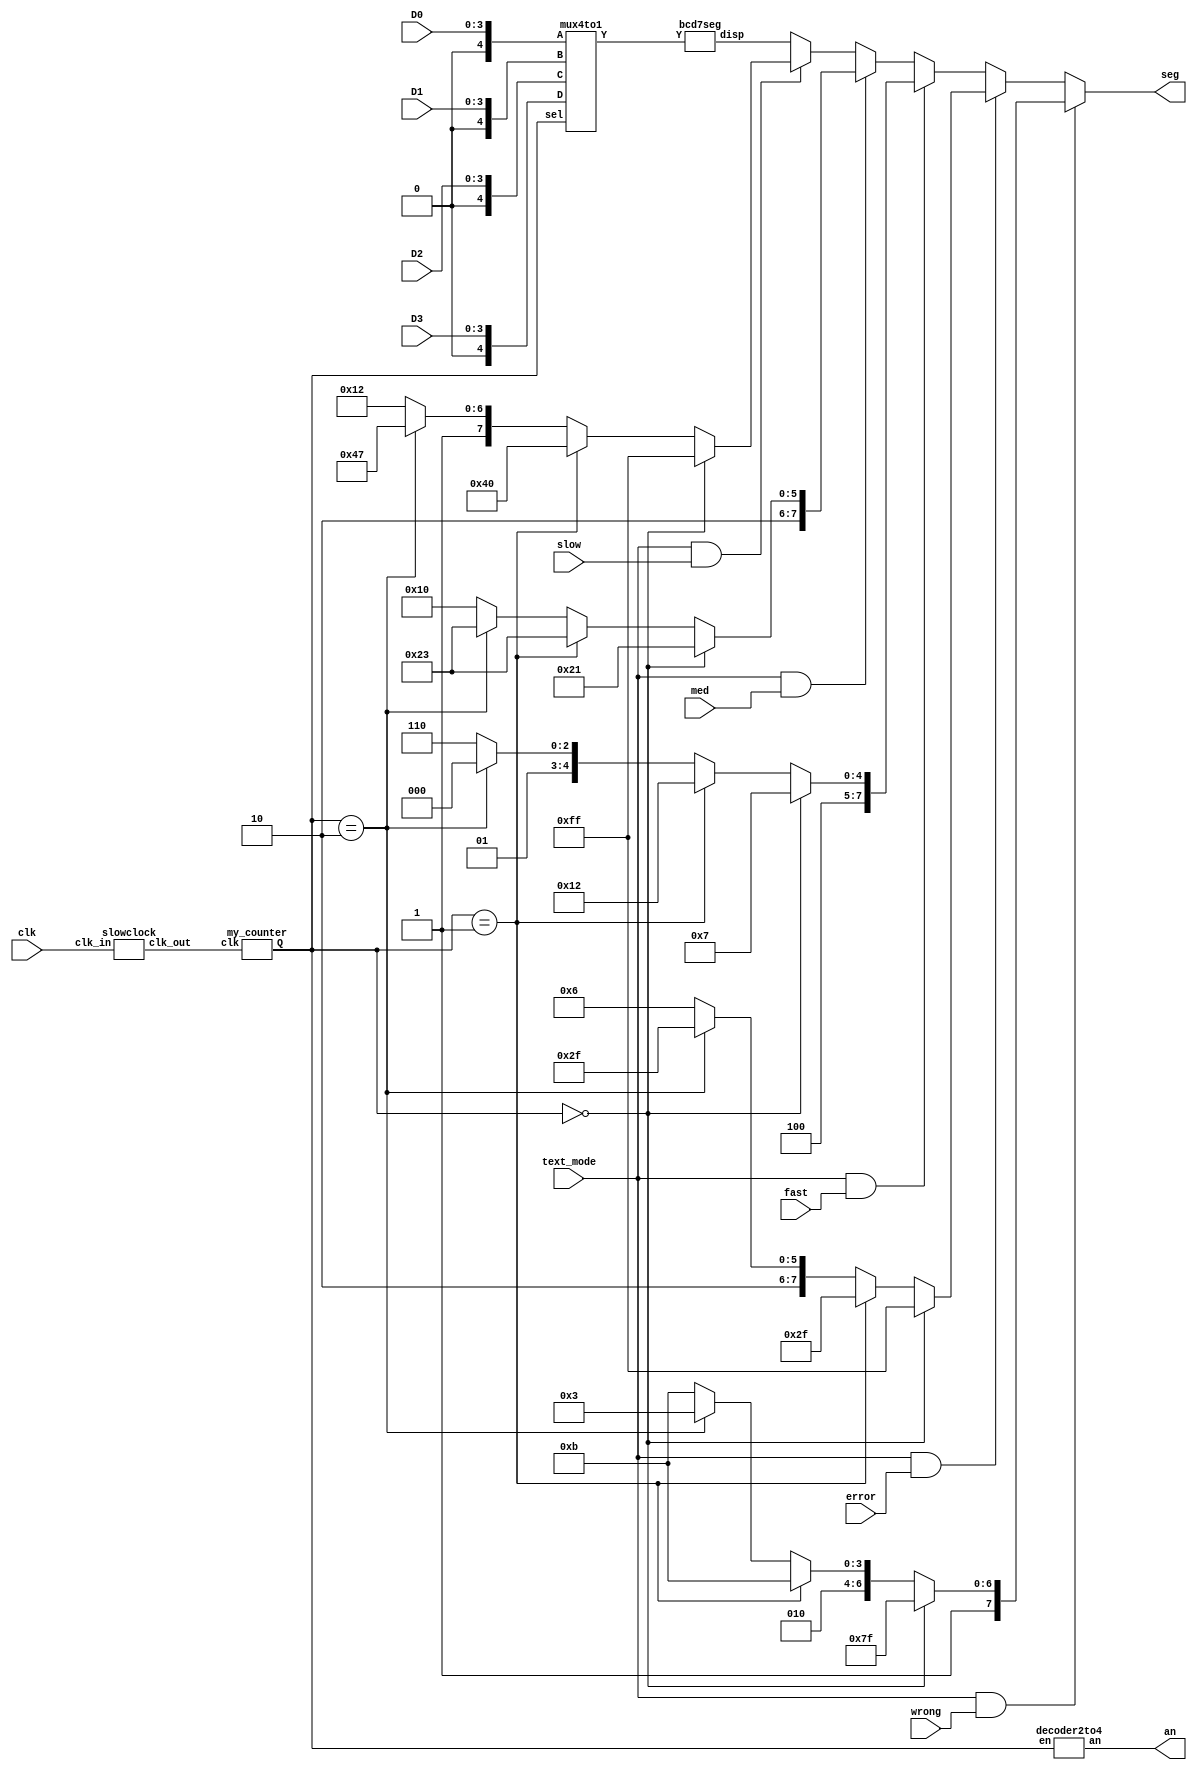
`timescale 1ns / 1ps
module DISP7SEG(
    input clk
	
    ,input [3:0] D0
    ,input [3:0] D1
    ,input [3:0] D2
    ,input [3:0] D3

    ,input text_mode
    ,input slow
    ,input med
    ,input fast
    ,input error
    ,input wrong

    ,output [7:0] seg
    ,output [3:0] an
    );
wire [1:0] sel;
wire [4:0] Y;
wire clk_out;

wire a0, a1, a2, a3, a4;
wire b0, b1, b2, b3, b4;
wire c0, c1, c2, c3, c4;
wire d0, d1, d2, d3, d4;
wire [7:0] seg_number;

assign a4 = 0;
assign d4 = 0;
assign c4 = 0;
assign b4 = 0;

assign {a3, a2, a1, a0} = D0;
assign {b3, b2, b1, b0} = D1;
assign {c3, c2, c1, c0} = D2;
assign {d3, d2, d1, d0} = D3;

assign seg = 	text_mode & wrong ? ( sel == 2'b00 ? 8'b11111111 : sel == 2'b01 ? 8'b10101011 : sel == 2'b10 ? 8'b10100011 : 8'b10101011 ):
              text_mode & error ? ( sel == 2'b00 ? 8'b11111111 : sel == 2'b01 ? 8'b00101111 : sel == 2'b10 ? 8'b10101111 : 8'b10000110 ):
              text_mode & fast  ? ( sel == 2'b00 ? 8'b10000111 : sel == 2'b01 ? 8'b10010010 : sel == 2'b10 ? 8'b10001000 : 8'b10001110 ):
              text_mode & med   ? ( sel == 2'b00 ? 8'b10100001 : sel == 2'b01 ? 8'b10100011 : sel == 2'b10 ? 8'b10100011 : 8'b10010000 ):
              text_mode & slow  ? ( sel == 2'b00 ? 8'b11111111 : sel == 2'b01 ? 8'b01000000 : sel == 2'b10 ? 8'b11000111 : 8'b10010010 ):
              seg_number;

bcd7seg bcd7seg (.Y(Y), .disp(seg_number));

slowclock slowclock (.clk_in(clk), .clk_out(clk_out));

my_counter my_counter (.clk(clk_out), .Q(sel));

mux4to1 mux4to1 (.A({a4, a3, a2, a1, a0}), .B({b4, b3, b2, b1, b0}), .C({c4, c3, c2, c1, c0}), .D({d4, d3, d2, d1, d0}), .sel(sel), .Y(Y));

decoder2to4 decoder2to4 ( .en(sel), .an(an));

endmodule
////////////////////////////////////
module bcd7seg(input[4:0] Y, output reg[7:0] disp);
	always@(Y)	begin
		case(Y[3:0])
			00:       disp={!Y[4], 7'b1000000};
			01:       disp={!Y[4], 7'b1111001};
			02:       disp={!Y[4], 7'b0100100};
			03:       disp={!Y[4], 7'b0110000};
			04:       disp={!Y[4], 7'b0011001};
			05:       disp={!Y[4], 7'b0010010};
			06:       disp={!Y[4], 7'b0000010};
			07:       disp={!Y[4], 7'b1111000};
			08:       disp={!Y[4], 7'b0000000};
			09:       disp={!Y[4], 7'b0010000};
			10:       disp={!Y[4], 7'b0001000};
			11:       disp={!Y[4], 7'b0000011};
			12:       disp={!Y[4], 7'b1000110};
			13:       disp={!Y[4], 7'b0100001};
			14:       disp={!Y[4], 7'b0000110};
			default:  disp={!Y[4], 7'b0001110};
		endcase
	end
endmodule
////////////////////////////////////
module slowclock (clk_in, clk_out);
input clk_in; output clk_out;
reg clk_out;
reg [25 : 0] period_count;

always @ (posedge clk_in)
	if (period_count != 2500 - 1)
	begin
		period_count <= period_count + 1;
		clk_out <= 0;
	end
	else
	begin
		period_count <= 0;
		clk_out <= 1;
	end
endmodule
////////////////////////////////////
module my_counter( clk, Q );
input clk;
output [1:0] Q;
reg [1:0] temp;

always @(posedge clk)
begin
	temp <= temp + 1;
end

assign Q = temp;

endmodule
////////////////////////////////////
module mux4to1( input [4:0] A, B, C, D, input [1:0] sel, output [4:0] Y);
assign Y = (sel==0)?A : (sel==1)?B : (sel==2)?C : D;
endmodule
////////////////////////////////////
module decoder2to4 (input [1:0] en, output reg [3:0] an);
always@(en)
begin
	case (en)
		0: an=4'b1110;
		1: an=4'b1101;
		2: an=4'b1011;
		3: an=4'b0111;
	endcase
end
endmodule
////////////////////////////////////